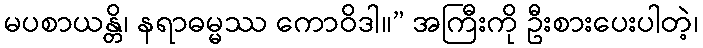
မပစာယန္တိ၊ နရာဓမ္မဿ ကောဝိဒါ။” အကြီးကို ဦးစားပေးပါတဲ့၊